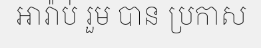
អារ៉ាប់ រួម បាន ប្រកាស